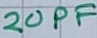
Text: 20PF